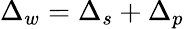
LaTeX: \Delta_{w}=\Delta_{s}+\Delta_{p}